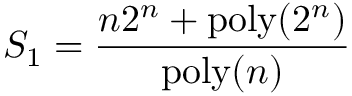
S _ { 1 } = \frac { n 2 ^ { n } + \mathrm { p o l y } ( 2 ^ { n } ) } { \mathrm { p o l y } ( n ) }